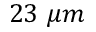
2 3 \ \mu m